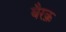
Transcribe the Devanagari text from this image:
बैरक़